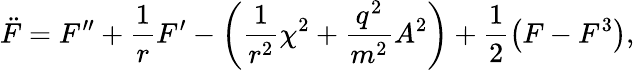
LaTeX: \ddot{F}=F^{\prime\prime}+\frac{1}{r}F^{\prime}-\left(\frac{1}{r^{2}}\chi^{2}+\frac{q^{2}}{m^{2}}A^{2}\right)+\frac{1}{2}\left(F-F^{3}\right),